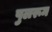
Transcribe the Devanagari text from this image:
पुलरूम